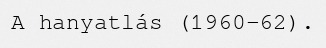
A hanyatlás (1960–62).